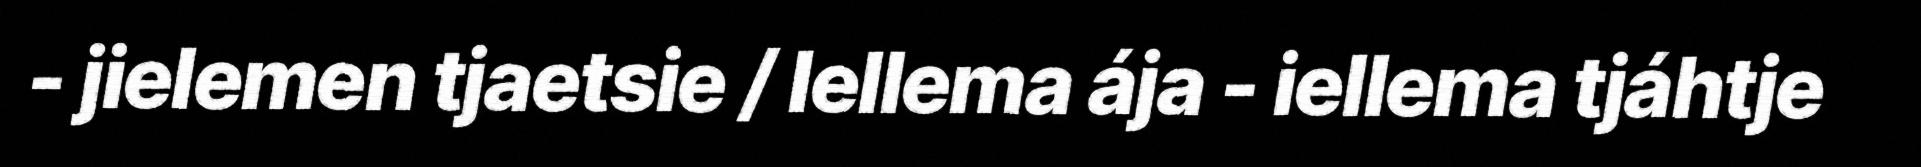
- jielemen tjaetsie / Iellema ája - iellema tjáhtje